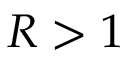
R > 1